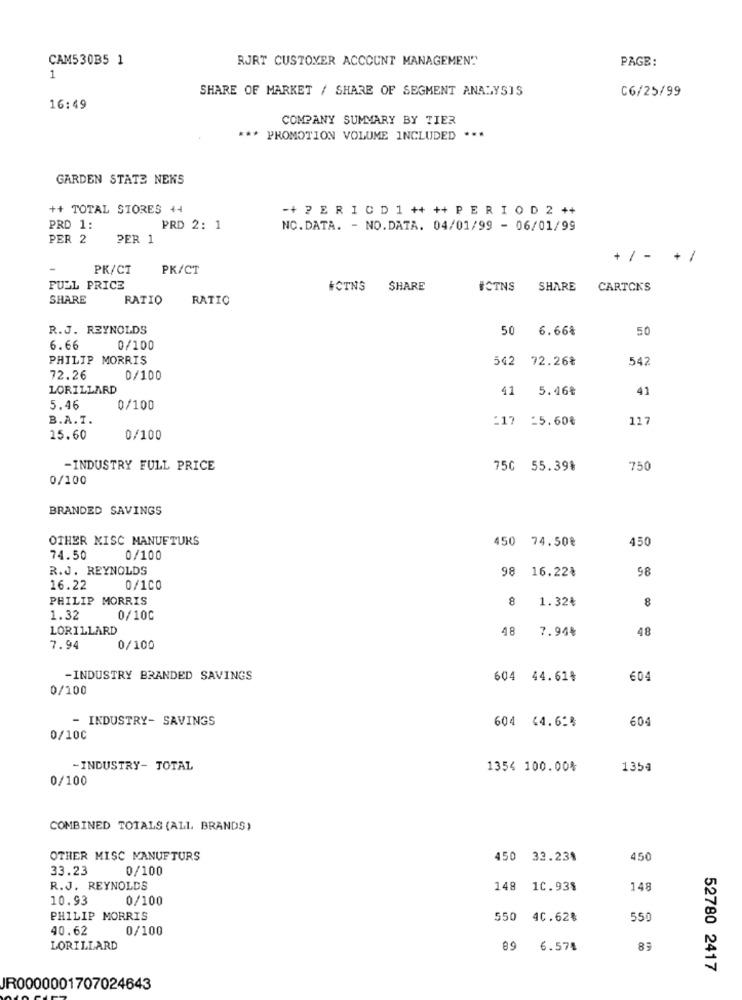
CAM530B5 1
RJRT CUSTOMER ACCOUNT MANAGEMENT
PAGE:
1
SHARE OF MARKET / SHARE OF SEGMENT ANALYSIS
C6/25/99
16:49
COMPANY SUMMARY BY TIER
*** PROMOTION VOLUME INCLUDED ***
GARDEN STATE NENS
++ TOTAL STORES +4
-+ 2 E R I C D 1 ++ ++ P E R I O D 2 ++
PRD 1:
PRD 2: 1
NC.DATA. - NO.DATA. 04/01/99 - 06/01/99
PER 2
PER 1
+ / - +/
PK/CT
PK/CT
FULL PRICE
HOTNS
SHARE
#CTNS
SHARE
CARTONS
SHARE
RATIO
RATIO
R.J. REYNOLDS
50
6.66%
50
6.66
0/100
PHILIP MORRIS
542
72.26₴
542
72.26
0/100
LORILLARD
41
5.46₴
41
5.46
0/100
B.A. T.
:17 -5.60%
117
15.60
0/100
-INDUSTRY FULL PRICE
750 55.39%
750
0/100
BRANDED SAVINGS
OTHER MISC MANUFTURS
450 74.50€
450
74.50
0/100
R.J. REYNOLDS
98 16.22%
98
16.22
0/100
PHILIP MORRIS
8 1.32₺
8
1.32
0/100
LORILLARD
48 7.94₺
48
7.94
0/100
-INDUSTRY BRANDED SAVINGS
604 44.614
604
0/100
- INDUSTRY- SAVINGS
604 44.61%
604
0/100
-INDUSTRY- TOTAL
1354 100.00%
1354
0/100
COMBINED TOTALS (ALL BRANDS)
OTHER MISC MANUFTURS
450 33.23%
450
33.23
0/100
R.J. REYNOLDS
148
1C.93$
148
10.93
0/100
PHILIP MORRIS
550
40.62%
550
40.62
0/100
LORILLARD
89
6.574
83
52780 2417
JR0000001707024643